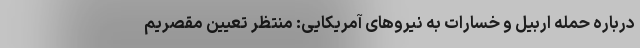
درباره حمله اربیل و خسارات به نیروهای آمریکایی: منتظر تعیین مقصریم